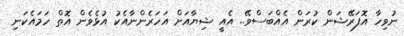
ނުވިހާ އޮފަރޭޝަން ކުރަން އެއްބަސްވޭ.. އެއީ ޝިޔާއަށް އަހަރެންނާއެކު އުޅެވެން އޮތް ހަމައެކަނި